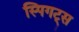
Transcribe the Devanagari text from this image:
स्पिगट्स